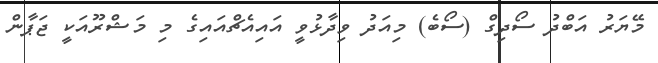
މޭޔަރު އަބްދު ސޯދިގް (ސޯބެ) މިއަދު ވިދާޅުވީ އައިއެޗްއައިގެ މި މަޝްރޫއަކީ ޖަޕާން